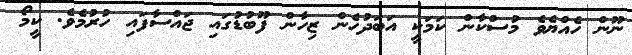
ނޫން ހެއްޔެވެ މުސްކާން ކަމަކީ އަބަދުހެން ޒިހާން ފޫބުޑުގައި ޖައްސާފައި ހުރުމެވެ. ކީމޯ